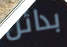
بدائل